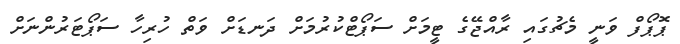
ޕޮޕޯފް ވަނީ މެޗުގައި ރާއްޖޭގެ ޓީމަށް ސަޕޯޓްކުރުމަށް ދަނޑަށް ވަތް ހުރިހާ ސަޕޯޓަރުންނަށް